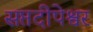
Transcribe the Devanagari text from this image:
सप्तदीपेश्वर